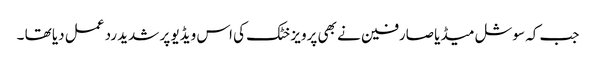
جب کہ سوشل میڈیا صارفین نے بھی پرویز خٹک کی اس ویڈیو پر شدید رد عمل دیا تھا ۔